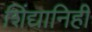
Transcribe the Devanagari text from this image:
शिंद्यानिही